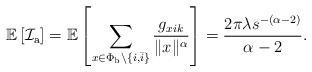
LaTeX: \begin{align*}\mathbb{E}\left[ \mathcal{I}_{\mathrm{a}} \right] = \mathbb{E}\left[ \sum_{x \in \Phi_{\mathrm{b}} \setminus \{i, \bar{i} \} } \frac{g_{xik}}{\Vert x \Vert^{\alpha}} \right]= \frac{2\pi \lambda s^{-(\alpha - 2)}}{\alpha - 2}.\end{align*}